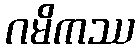
ဂမိကဿ